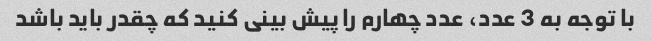
با توجه به 3 عدد، عدد چهارم را پیش بینی کنید که چقدر باید باشد